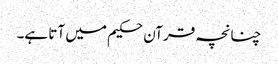
چنانچہ قرآن حکیم میں آتا ہے۔